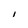
Character: I